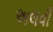
અલવી